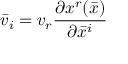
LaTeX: { \bar { v } } _ { i } = v _ { r } { \frac { \partial x ^ { r } ( { \bar { x } } ) } { \partial { \bar { x } } ^ { i } } }